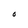
Character: O